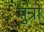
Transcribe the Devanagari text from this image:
मुन्रो